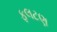
ફલટણ